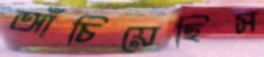
আঁচিয়েছিস